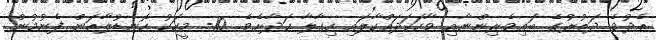
ތެދުވެ ދަތުރުގެ ބައިވެރިންނާއި ވާހަކަދައްކާލައި ހިގާލާ ހަދާށެވެ. 10- މީހަކު ހޮނޑުލާތަން ފެނުމުން